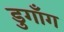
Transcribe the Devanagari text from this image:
डुगाँग